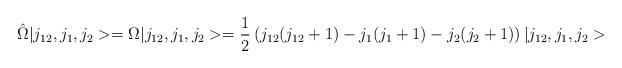
LaTeX: \begin{align*}\hat\Omega\vert j_{12},j_1,j_2>=\Omega\vert j_{12},j_1,j_2>= {1\over2}\left( j_{12}(j_{12}+1)-j_1(j_1+1)-j_2(j_2+1)\right)\vert j_{12},j_1,j_2>\end{align*}